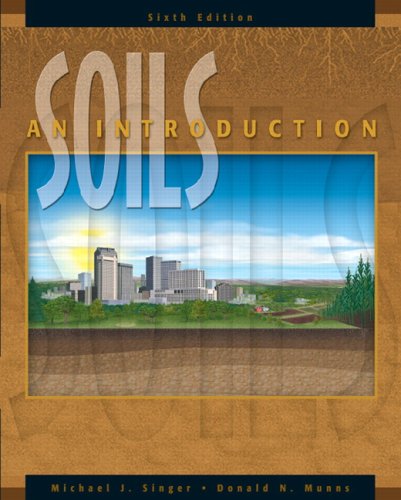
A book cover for Soils: An Introduction (6th Edition); Michael J. Singer; Science & Math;